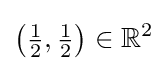
\left({\tfrac {1}{2}},{\tfrac {1}{2}}\right)\in \mathbb {R} ^{2}